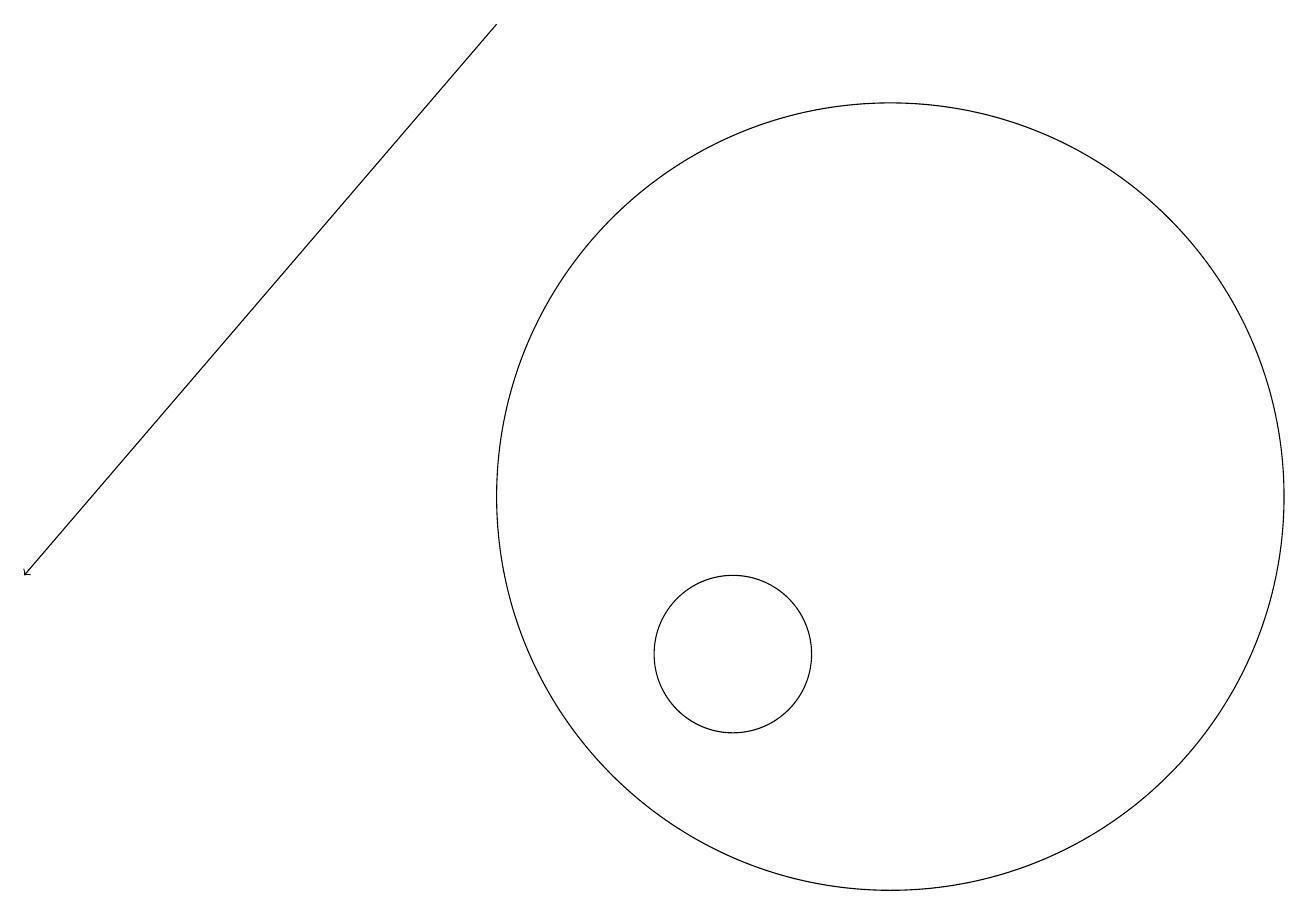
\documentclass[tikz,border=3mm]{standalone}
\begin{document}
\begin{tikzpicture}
\draw (10,10) circle (1);
\draw (12,12) circle (5);
\draw[->] (7,18) -- (1,11);
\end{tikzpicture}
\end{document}